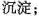
沉淀；